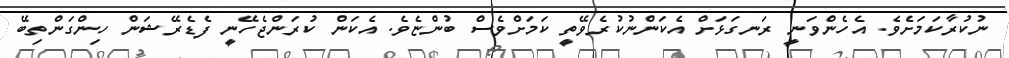
ނުކުރާކަމަށެވެ. އެހެންވަނީ ރަނގަޅަށް އެކަންނުކުރެވޭތީ ކަމަށްވެސް ބުންޏެވެ. އެކަން ކުރަންޖެހޭނީ ފެޑެރޭޝަން ހިންގަންތިބޭ